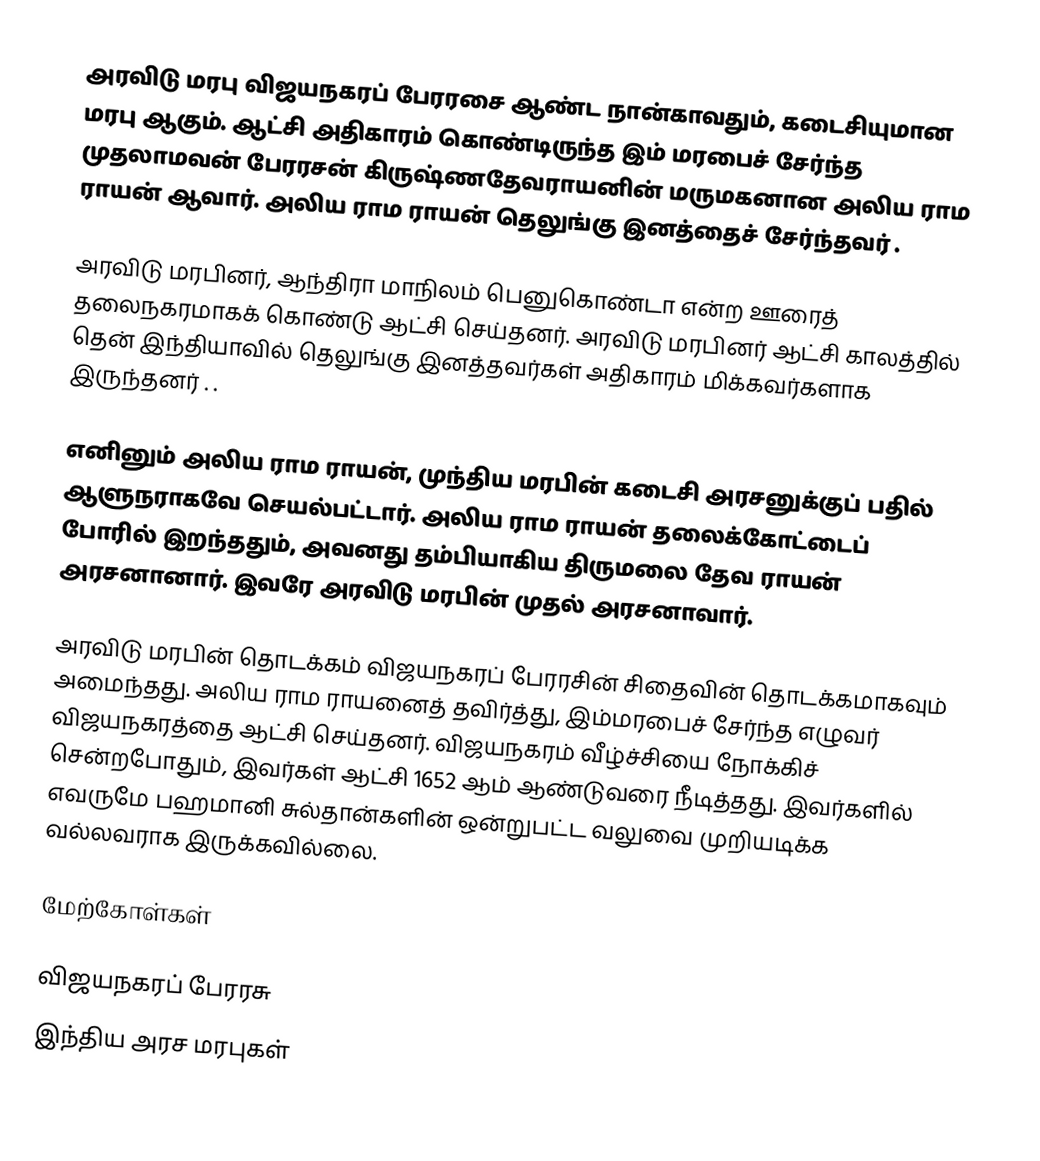
அரவிடு மரபு விஜயநகரப் பேரரசை ஆண்ட நான்காவதும், கடைசியுமான மரபு ஆகும். ஆட்சி அதிகாரம் கொண்டிருந்த இம் மரபைச் சேர்ந்த முதலாமவன் பேரரசன் கிருஷ்ணதேவராயனின் மருமகனான அலிய ராம ராயன் ஆவார். அலிய ராம ராயன் தெலுங்கு இனத்தைச் சேர்ந்தவர் .

 அரவிடு மரபினர்,  ஆந்திரா மாநிலம்    பெனுகொண்டா என்ற ஊரைத்  தலைநகரமாகக் கொண்டு ஆட்சி  செய்தனர்.  அரவிடு மரபினர் ஆட்சி காலத்தில் தென் இந்தியாவில் தெலுங்கு இனத்தவர்கள் அதிகாரம் மிக்கவர்களாக இருந்தனர் .  .

எனினும் அலிய ராம ராயன், முந்திய மரபின் கடைசி அரசனுக்குப் பதில் ஆளுநராகவே செயல்பட்டார். அலிய ராம ராயன் தலைக்கோட்டைப் போரில் இறந்ததும், அவனது தம்பியாகிய திருமலை தேவ ராயன் அரசனானார். இவரே அரவிடு மரபின் முதல் அரசனாவார்.

அரவிடு மரபின் தொடக்கம் விஜயநகரப் பேரரசின் சிதைவின் தொடக்கமாகவும் அமைந்தது. அலிய ராம ராயனைத் தவிர்த்து, இம்மரபைச் சேர்ந்த எழுவர் விஜயநகரத்தை ஆட்சி செய்தனர். விஜயநகரம் வீழ்ச்சியை நோக்கிச் சென்றபோதும், இவர்கள் ஆட்சி 1652 ஆம் ஆண்டுவரை நீடித்தது. இவர்களில் எவருமே பஹமானி சுல்தான்களின் ஒன்றுபட்ட வலுவை முறியடிக்க வல்லவராக இருக்கவில்லை.

மேற்கோள்கள்

விஜயநகரப் பேரரசு
இந்திய அரச மரபுகள்